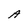
Character: A